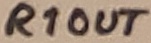
Text: R1OUT